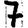
Digit: 7